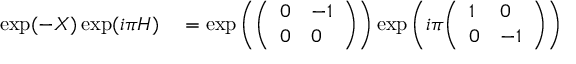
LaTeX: \begin{array} { r l } { \exp ( - X ) \exp ( i \pi H ) } & { { } = \exp \left( { \left( \begin{array} { l l } { 0 } & { - 1 } \\ { 0 } & { 0 } \end{array} \right) } \right) \exp \left( i \pi { \left( \begin{array} { l l } { 1 } & { 0 } \\ { 0 } & { - 1 } \end{array} \right) } \right) } \end{array}